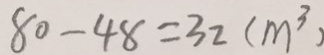
8 0 - 4 8 = 3 2 ( m ^ { 3 } )